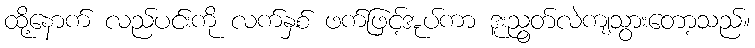
ထို့နောက် လည်ပင်းကို လက်နှစ် ဖက်ဖြင့်အုပ်ကာ ဒူးညွတ်လဲကျသွားတော့သည်။